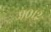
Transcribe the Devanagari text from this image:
९०१२